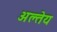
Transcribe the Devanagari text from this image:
अल्तेय